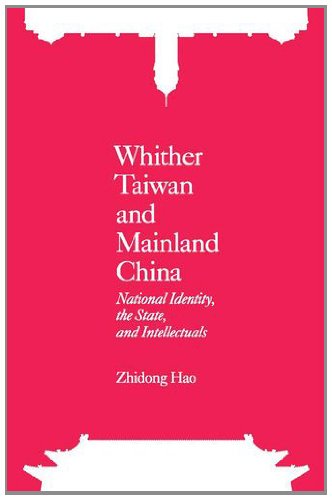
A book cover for Whither Taiwan and Mainland China: National Identity, the State and Intellectuals; Zhidong Hao; Travel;